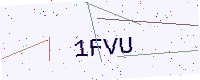
Text: 1FVU